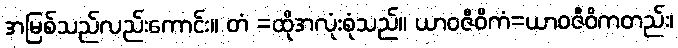
အမြစ်သည်လည်းကောင်း။ တံ =ထိုအလုံးစုံသည်။ ယာဝဇီဝိကံ=ယာဝဇီဝိကတည်း၊